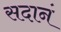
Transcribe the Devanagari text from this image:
सदानं